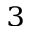
^ 3